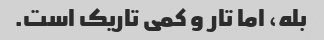
بله، اما تار و کمی تاریک است.